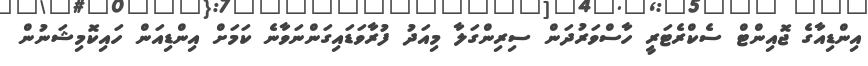
އިންޑިއާގެ ޖޮއިންޓް ސެކްރެޓަރީ ހާސްވަރުދަން ސިރިންގަލާ މިއަދު ފުރާވަޑައިގަންނަވާނެ ކަމަށް އިންޑިއަން ހައިކޮމިޝަނުން